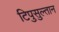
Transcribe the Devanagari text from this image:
टिपुसुल्तान